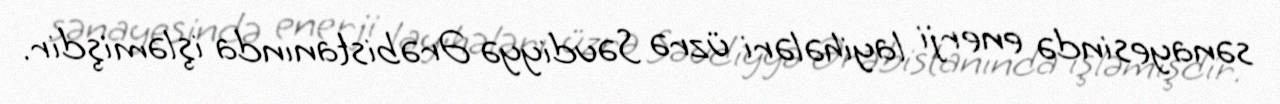
sənayesində enerji layihələri üzrə Səudiyyə Ərəbistanında işləmişdir.